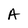
Character: A